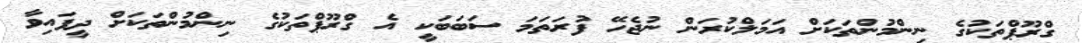
ގްރޫޕްތަކުގެ ނިންމުންތަކަށް އަމަލްކުރަން ނުޖެހޭ ފުރަތަމަ ސަބަބަކީ އެ ގްރޫޕްތަކުގެ ނިންމުންތަކަށް ދީފައިވާ